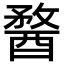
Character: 𨡭